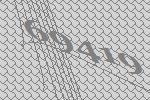
69419